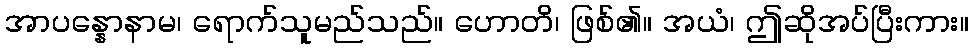
အာပန္နောနာမ၊ ရောက်သူမည်သည်။ ဟောတိ၊ ဖြစ်၏။ အယံ၊ ဤဆိုအပ်ပြီးကား။